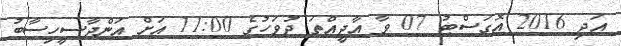
އަދި 2016 އޮގަސްޓު 07 ވާ އާދީއްތަ ދުވަހުގެ 11:00 އަށް އަންދާސީހިސާބު